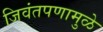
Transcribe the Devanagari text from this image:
जिवंतपणामुळे